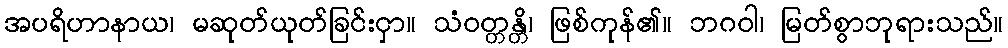
အပရိဟာနာယ၊ မဆုတ်ယုတ်ခြင်းငှာ။ သံဝတ္တန္တိ၊ ဖြစ်ကုန်၏။ ဘဂဝါ၊ မြတ်စွာဘုရားသည်။